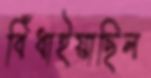
বিঁধাইয়াছিল